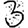
Digit: 3